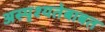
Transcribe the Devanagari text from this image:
अस्पृश्यतेबाबत